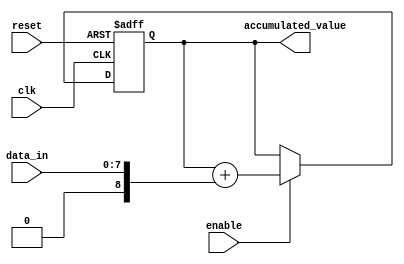
module parallel_accumulator (
    input wire clk,
    input wire reset,
    input wire enable,
    input wire [7:0] data_in,
    output wire [15:0] accumulated_value
);

reg signed [15:0] accumulator_reg;

always @(posedge clk or posedge reset) begin
    if (reset) begin
        accumulator_reg <= 16'b0;
    end else if (enable) begin
        accumulator_reg <= accumulator_reg + $signed({8'b0, data_in});
    end
end

assign accumulated_value = accumulator_reg;

endmodule